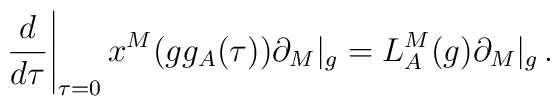
\left.\frac{d}{d\tau}\right|_{\tau=0}x^{M}(g g_{A}(\tau))\partial_{M}|_{g}=L^{M}_{A}(g)\partial_{M}|_{g}\,.